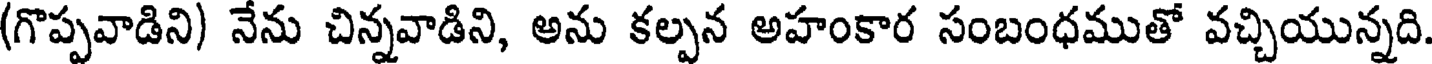
(గొప్పవాడిని) నేను చిన్నవాడిని, అను కల్పన అహంకార సంబంధముతో వచ్చియున్నది